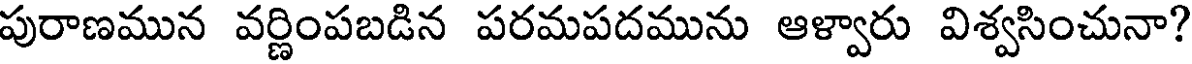
పురాణమున వర్ణింపబడిన పరమపదమును ఆళ్వారు విశ్వసించునా?